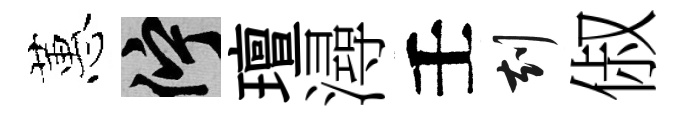
蕙伫璮潯壬刻俶